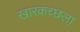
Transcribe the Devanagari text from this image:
खारकच्छला